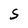
Character: S